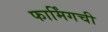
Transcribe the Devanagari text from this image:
फार्मिंगची